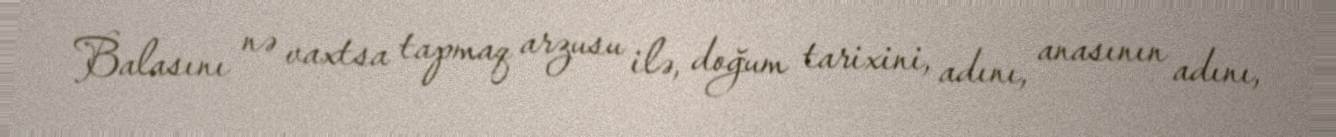
Balasını nə vaxtsa tapmaq arzusu ilə, doğum tarixini, adını, anasının adını,